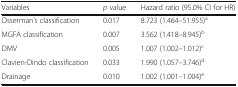
| Variables | p value | Hazard ratio (95.0% CI for HR) |
 | --- | --- | --- |
 | Osserman’s classification | 0.017 | 8.723 (1.464–51.955)a |
 | MGFA classification | 0.007 | 3.562 (1.418–8.945)b |
 | DMV | 0.005 | 1.007 (1.002–1.012)c |
 | Clavien-Dindo classification | 0.033 | 1.990 (1.057–3.746)d |
 | Drainage | 0.010 | 1.002 (1.001–1.004)e |